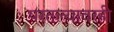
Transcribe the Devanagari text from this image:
परतल्यावरही